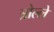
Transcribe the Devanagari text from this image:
त्रोल्ले